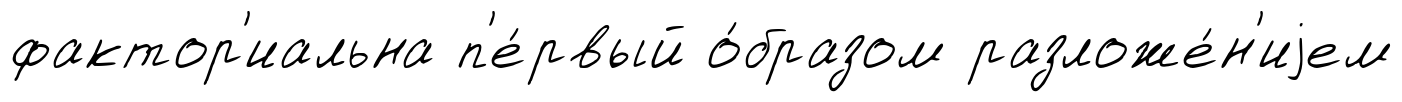
фактор'иальна п'е́рвый о́бразом разложе́н'иjем